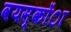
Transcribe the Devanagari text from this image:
वयस्कोंा